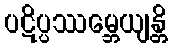
ပဋိပ္ပဿမ္ဘေယျန္တိ